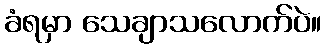
ခံရမှာ သေချာသလောက်ပဲ။